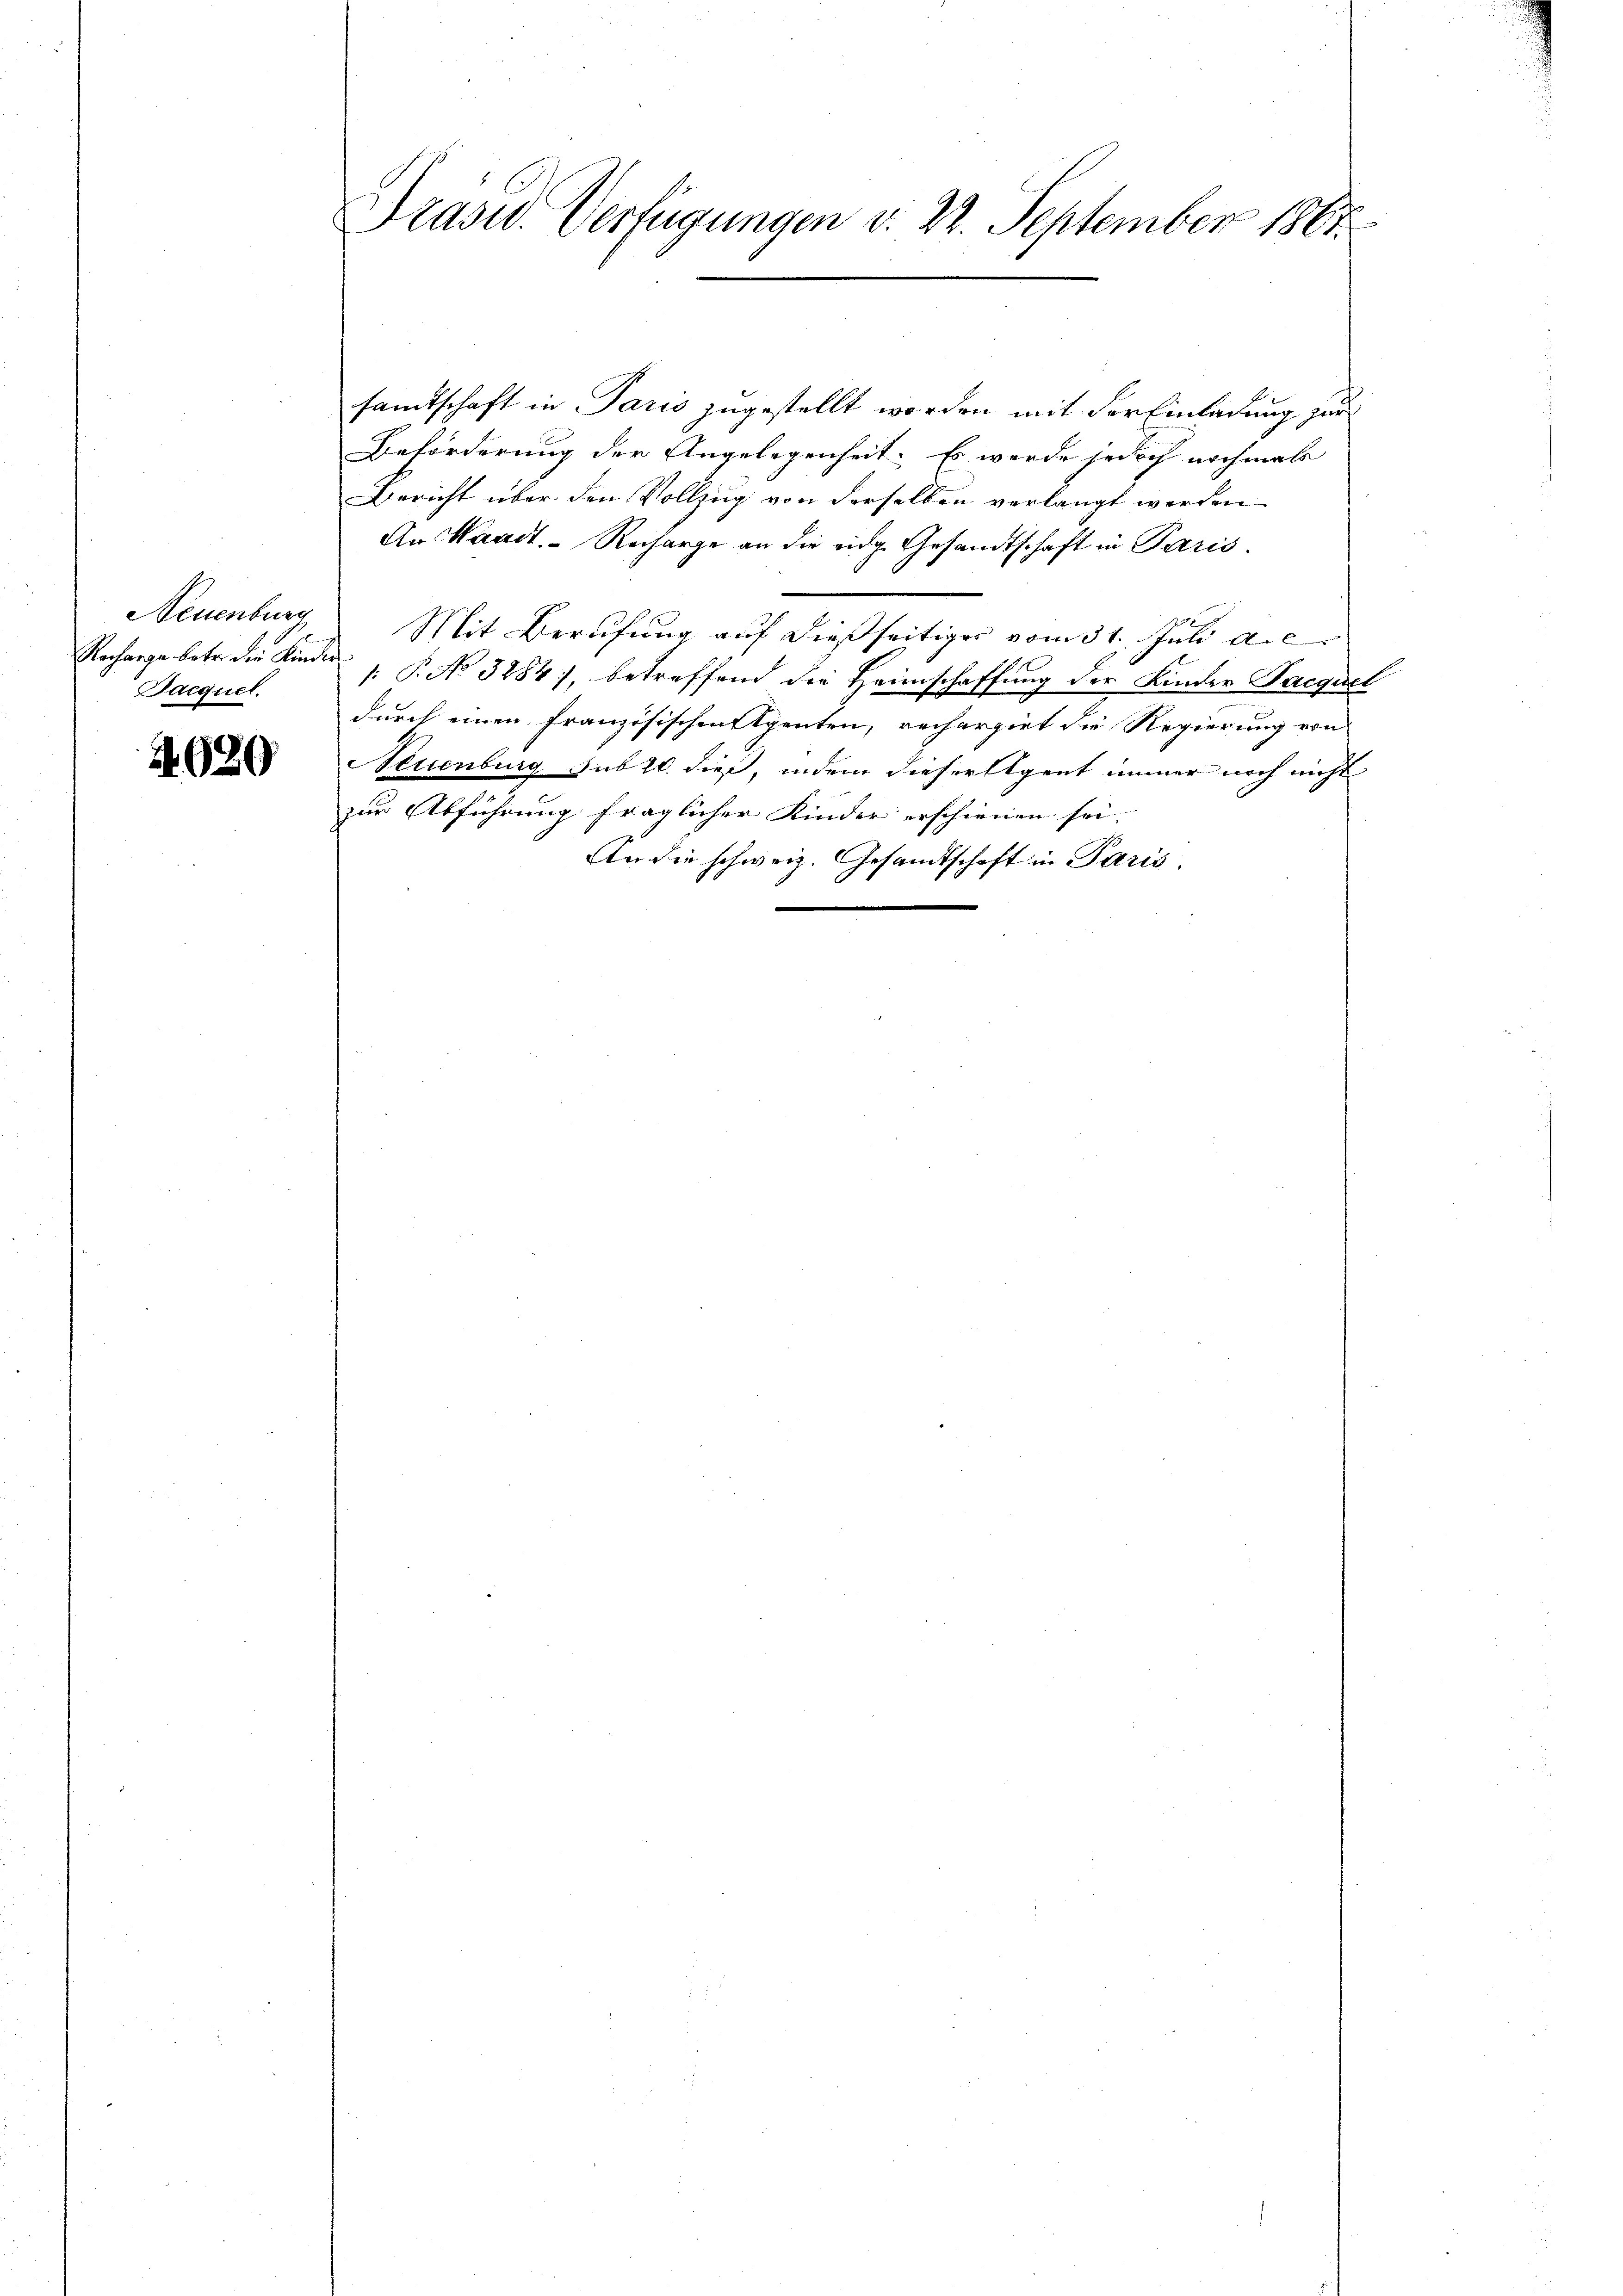
Neuenburg
Sacquel.

4020

Prasid. Verfügungen d. 22. September 1861

samtschaft in Paris zugestellt worden mit der Einladung zur
Beförderung der Angelegenheit. Es werde jedoch nochmals
Bericht über den Vollzug von derselben verlangt werden
An Waadt. - Recharge an die ein Gesandtschaft in Paris.
Mit Berufung auf dießseitiger vom 31. Juli a.c.
Recharge betr. die Kinden 1. P. No 3284), betreffend die Heimschaffung der Kinder Jacquel
durch einen Französischenstpenten, rechargirt die Regierung von
Neuenburg sub 20. dieß, indem dieser Eigent immer noch nicht
zur Abführung fraglicher Kinder erschienen sei.
An die schweiz. Gesandtschaft in Paris,